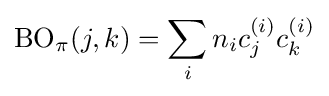
\mathrm {BO} _{\pi }(j,k)=\sum _{i}n_{i}c_{j}^{(i)}c_{k}^{(i)}